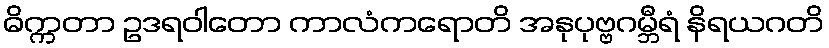
ဓိက္ကတာ ဥဒရဝါတော ကာလံကရောတိ အနုပုဗ္ဗဂမ္ဘီရံ နိရယဂတိ